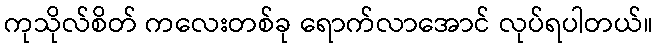
ကုသိုလ်စိတ် ကလေးတစ်ခု ရောက်လာအောင် လုပ်ရပါတယ်။